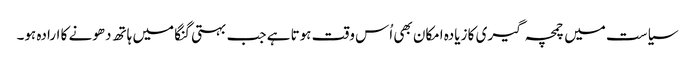
سیاست میں چمچہ گیری کا زیادہ امکان بھی اُس وقت ہوتا ہے جب بہتی گنگا میں ہاتھ دھونے کا ارادہ ہو۔